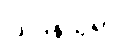
ဩဒနသုရာ